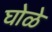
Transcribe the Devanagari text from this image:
घोळे